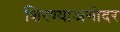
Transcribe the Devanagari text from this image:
शिरण्याअगोदर